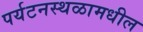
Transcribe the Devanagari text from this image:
पर्यटनस्थळामधील